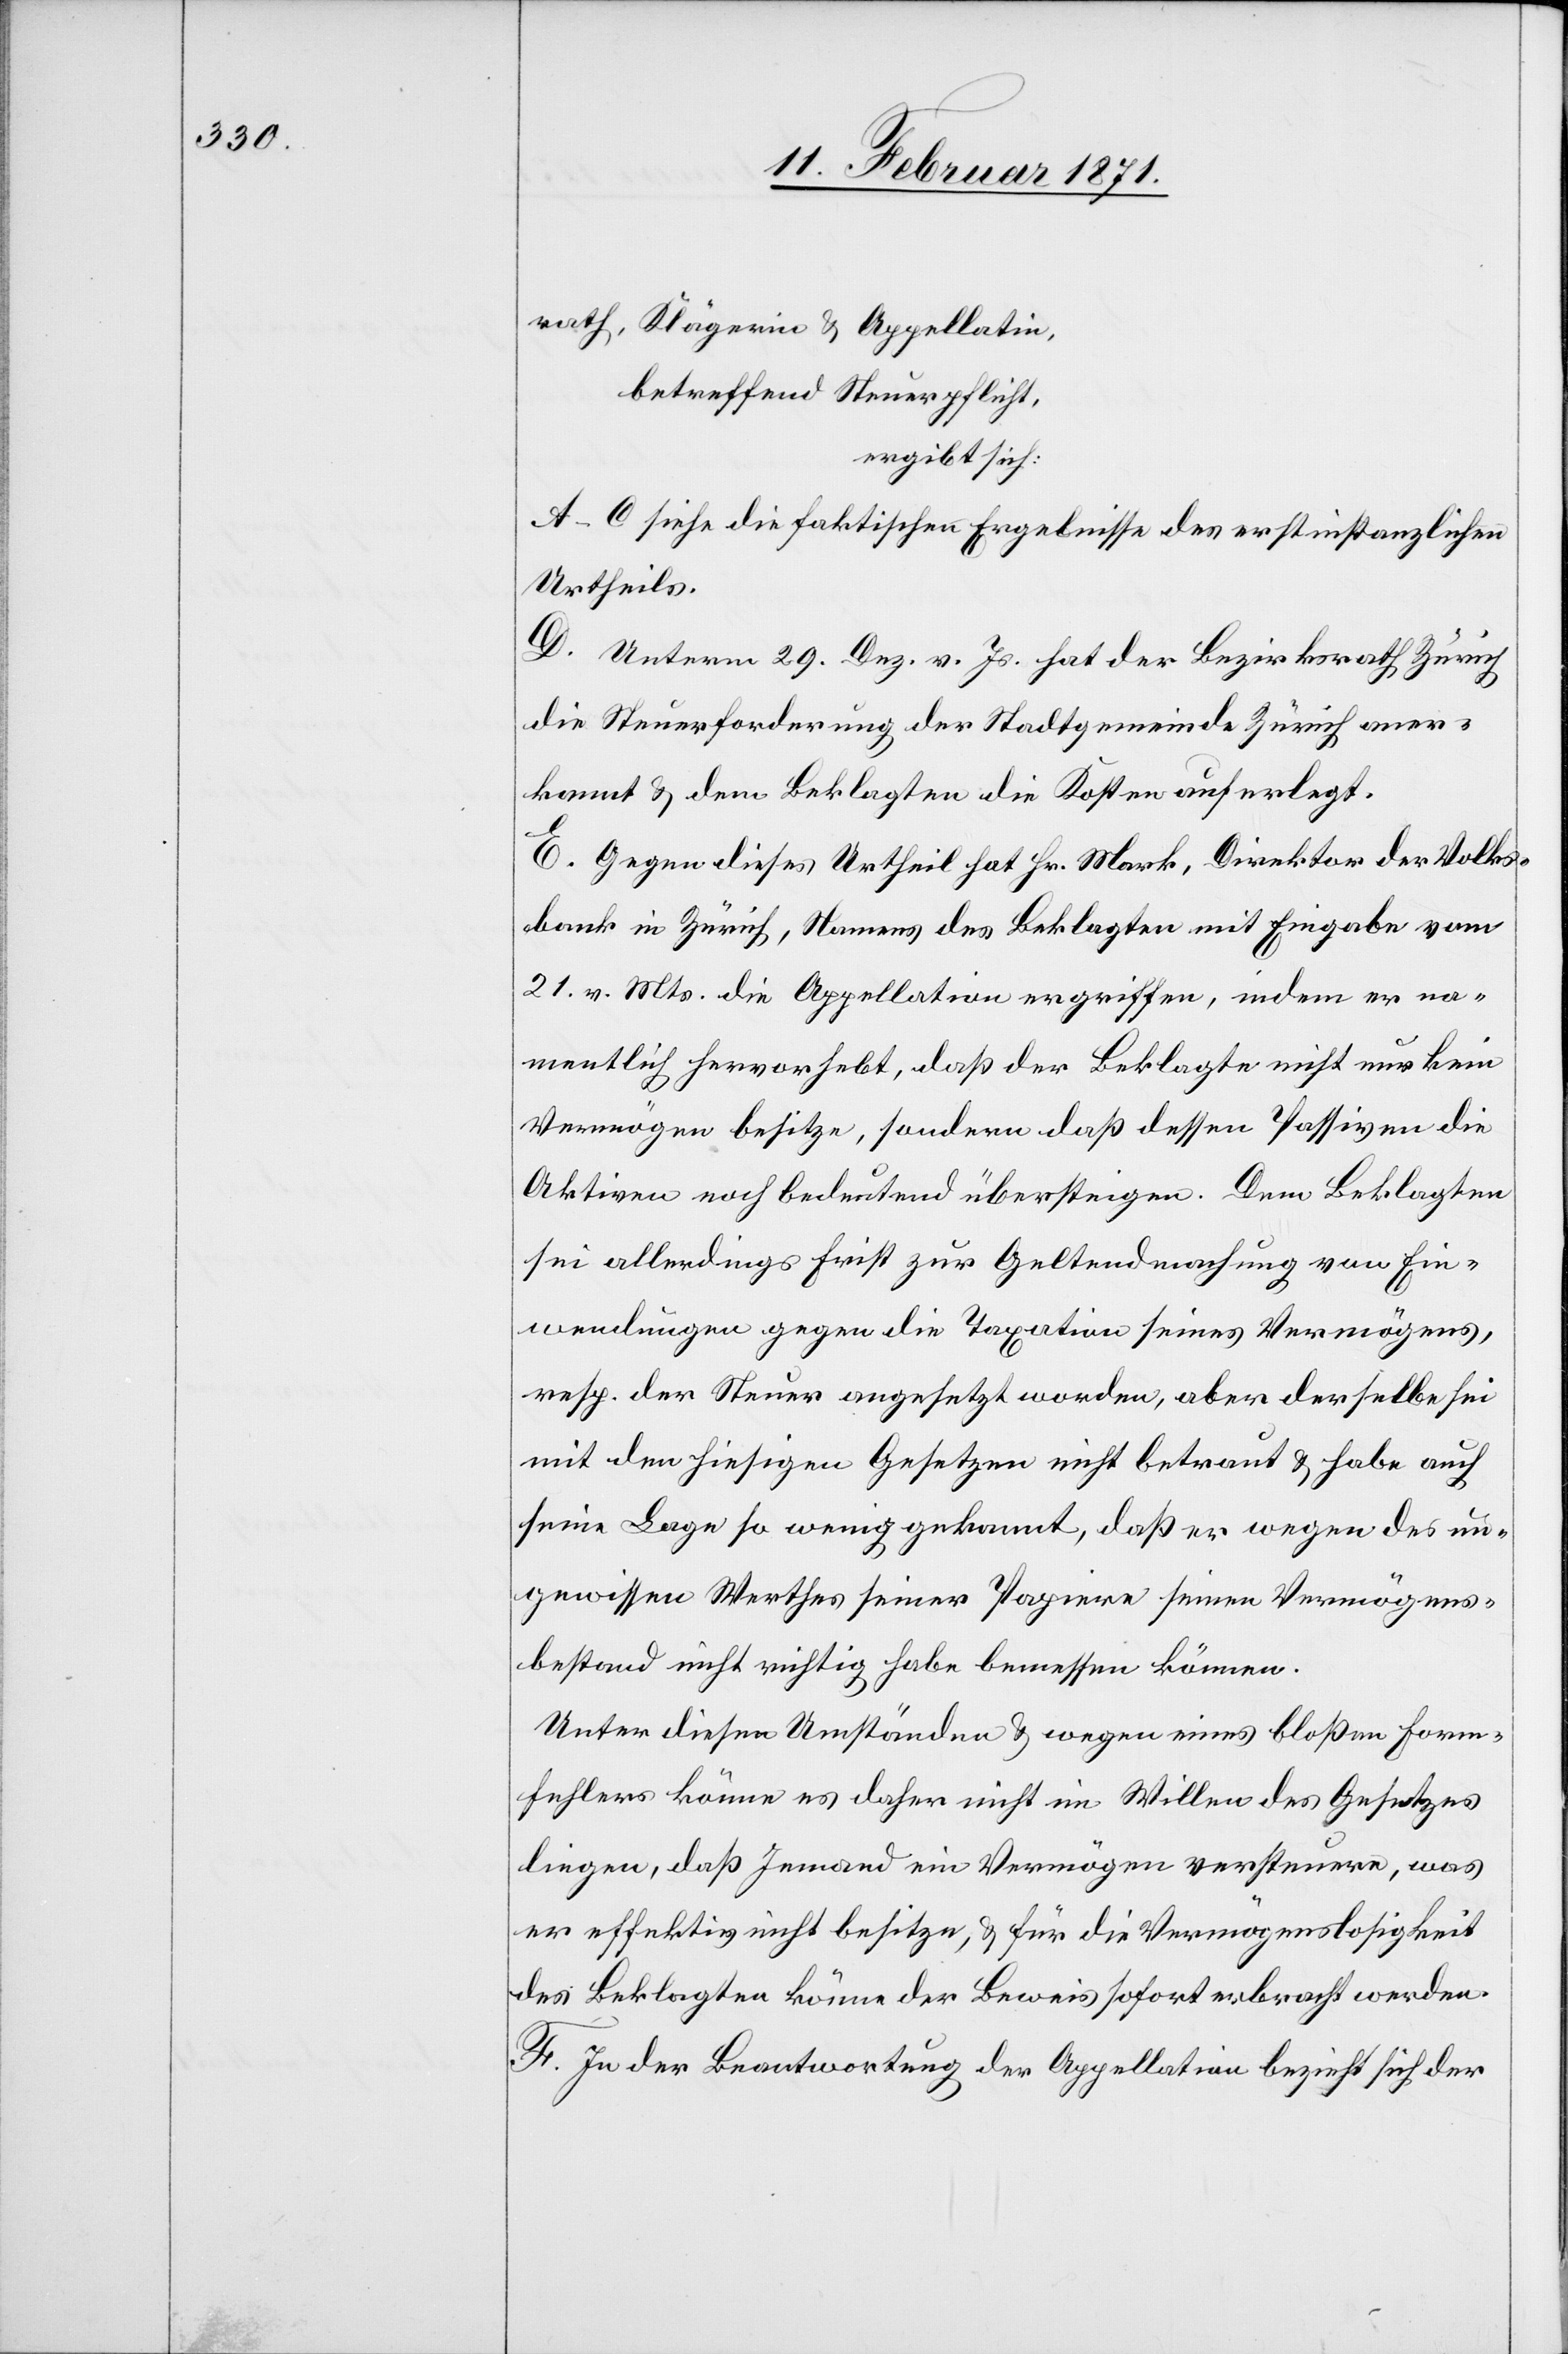
rath, Klägerin u. Appellatin,
betreffend Steuerpflicht,
ergibt sich:
A–C. Siehe die faktischen Ergebnisse des erstinstanzlichen
Urtheils.
D. Unterm 29. Dez. v. Js. hat der Bezirksrath Zürich
die Steuerforderung der Stadtgemeinde Zürich aner¬
kannt u. dem Beklagten die Kosten auferlegt.
E. Gegen dieses Urtheil hat Hr. Mark, Direktor der Volks¬
bank in Zürich, Namens des Beklagten mit Eingabe vom
21. v. Mts. die Appellation ergriffen, indem er na¬
mentlich hervorhebt, daß der Beklagte nicht nur kein
Vermögen besitze, sondern daß dessen Passiven die
Aktiven noch bedeutend übersteigen. Dem Beklagten
sei allerdings Frist zur Geltendmachung von Ein¬
wendungen gegen die Taxation seines Vermögens,
resp. der Steuer angesetzt worden, aber derselbe sei
mit den hiesigen Gesetzen nicht betraut u. habe auch
seine Lage so wenig gekannt, daß er wegen des un¬
gewissen Werthes seiner Papiere seinen Vermögens¬
bestand nicht richtig habe bemessen können.
Unter diesen Umständen u. wegen eines bloßen Form¬
fehlers könne es daher nicht im Willen des Gesetzes
liegen, daß Jemand ein Vermögen versteuere, was
er effektiv nicht besitze, u. für die Vermögenslosigkeit
des Beklagten könne der Beweis sofort erbracht werden.
F. In der Beantwortung der Appellation bezieht sich der